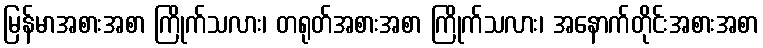
မြန်မာအစားအစာ ကြိုက်သလား၊ တရုတ်အစားအစာ ကြိုက်သလား၊ အနောက်တိုင်းအစားအစာ